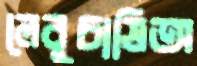
লেবুচাষিঅ